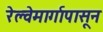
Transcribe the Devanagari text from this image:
रेल्वेमार्गापासून